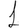
Digit: 1